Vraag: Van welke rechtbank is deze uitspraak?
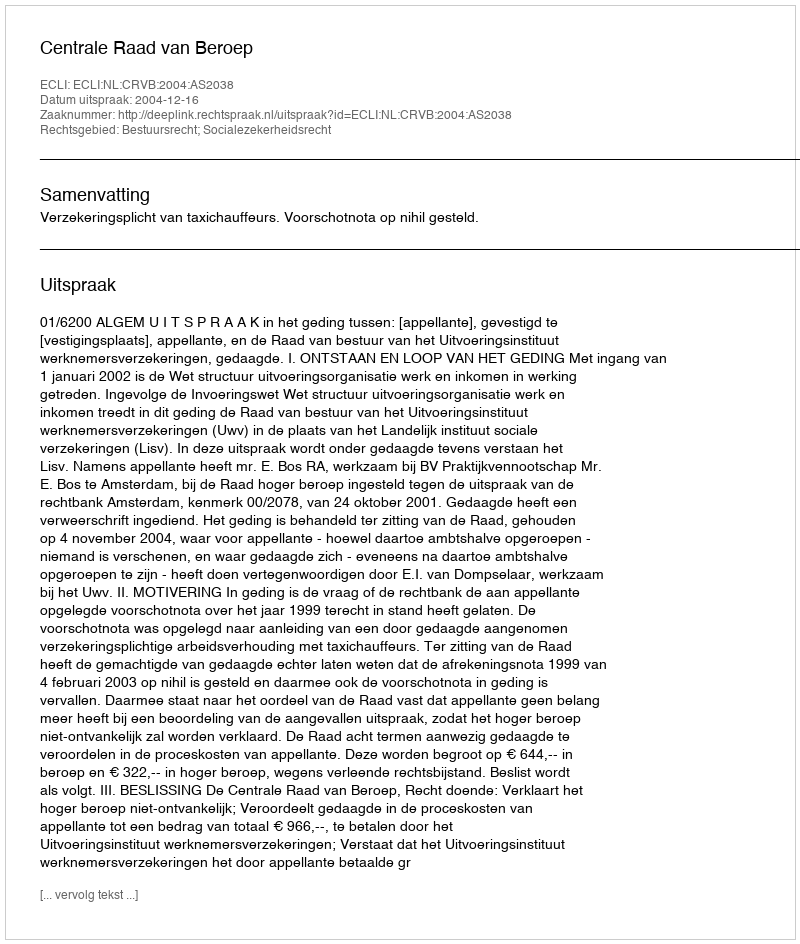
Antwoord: Centrale Raad van Beroep